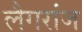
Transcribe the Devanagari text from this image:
लैगरांज